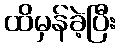
ထိမှန်ခဲ့ပြီး